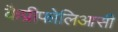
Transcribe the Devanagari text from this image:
कैप्रीफोलिआसी